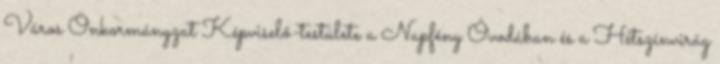
Város Önkormányzat Képviselő-testülete a Napfény Óvodában és a Hétszínvirág